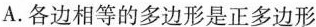
A.各边相等的多边形是正多边形